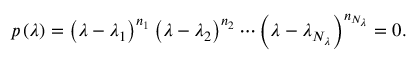
p \left( \lambda \right) = \left( \lambda - \lambda _ { 1 } \right) ^ { n _ { 1 } } \left( \lambda - \lambda _ { 2 } \right) ^ { n _ { 2 } } \cdots \left( \lambda - \lambda _ { N _ { \lambda } } \right) ^ { n _ { N _ { \lambda } } } = 0 .